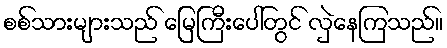
စစ်သားများသည် မြေကြီးပေါ်တွင် လှဲနေကြသည်။